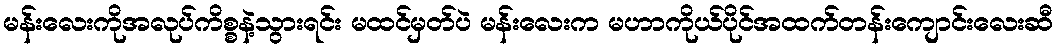
မန်းလေးကိုအလုပ်ကိစ္စနဲ့သွားရင်း မထင်မှတ်ပဲ မန်းလေးက မဟာကိုယ်ပိုင်အထက်တန်းကျောင်းလေးဆီ